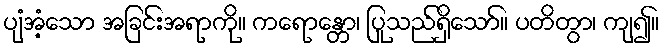
ပျံအံ့သော အခြင်းအရာကို။ ကရောန္တော၊ ပြုသည်ရှိသော်။ ပတိတွာ၊ ကျ၍။